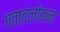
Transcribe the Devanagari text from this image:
गतावलोकन